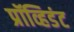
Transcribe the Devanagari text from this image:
प्रॉव्हिडंट